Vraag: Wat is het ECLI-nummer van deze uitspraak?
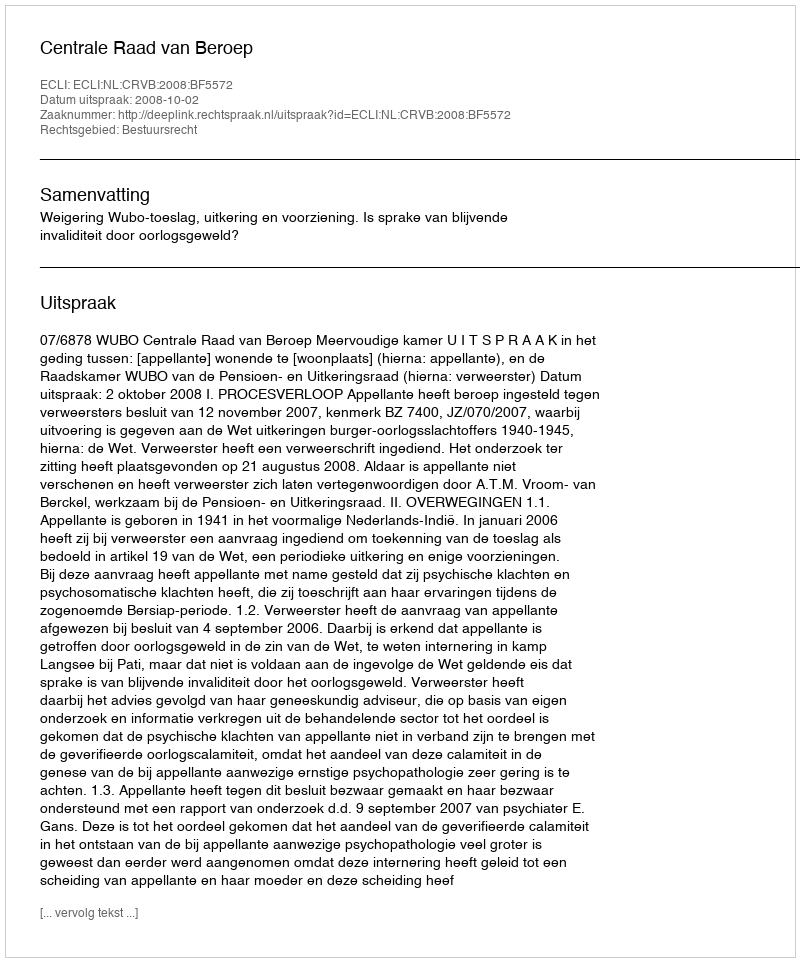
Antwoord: ECLI:NL:CRVB:2008:BF5572